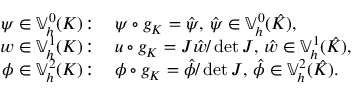
\begin{array} { r l } { \psi \in \mathbb { V } _ { h } ^ { 0 } ( K ) \! : \, } & { \psi \circ g _ { K } = \hat { \psi } , \, \hat { \psi } \in \mathbb { V } _ { h } ^ { 0 } ( \hat { K } ) , } \\ { w \in \mathbb { V } _ { h } ^ { 1 } ( K ) \! : \, } & { u \circ g _ { K } = J \hat { w } / \operatorname* { d e t } J , \, \hat { w } \in \mathbb { V } _ { h } ^ { 1 } ( \hat { K } ) , } \\ { \phi \in \mathbb { V } _ { h } ^ { 2 } ( K ) \! : \, } & { \phi \circ g _ { K } = \hat { \phi } / \operatorname* { d e t } J , \, \hat { \phi } \in \mathbb { V } _ { h } ^ { 2 } ( \hat { K } ) . } \end{array}